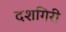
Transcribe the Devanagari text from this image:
दशगिरी